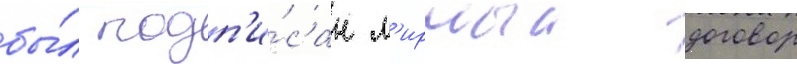
бы́л подп'и́сан м'ирныи договор